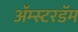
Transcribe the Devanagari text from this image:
अॅम्स्टरडॅम